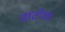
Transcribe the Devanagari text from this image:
डाटोना